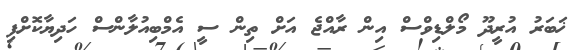
ޚަބަރު އުރީދޫ މޯލްޑިވްސް އިން ރާއްޖެ އަށް ތިން ސީ އެމްބިއުލާންސް ހަދިޔާކޮށްފި